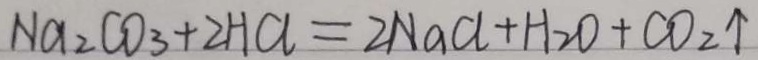
N a _ { 2 } C O _ { 3 } + 2 H a = 2 N a C l + H _ { 2 } O + C O _ { 2 } \uparrow